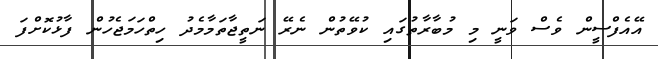
އޭއެފްސީން ވެސް ވަނީ މި މުބާރާތުގައި ކުވޭތުން ނެރޭ ނަތީޖާތަމާމެދު ހިތްހަމަޖެހުން ފާޅުކޮށްފަ